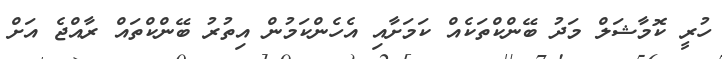
ހުރީ ކޮމާޝަލް މަދު ބޭންކްތަކެއް ކަމަށާއި އެހެންކަމުން އިތުރު ބޭންކްތައް ރާއްޖެ އަށް